Medical and sanitary report of the native army of Madras for the year
Year: 1878
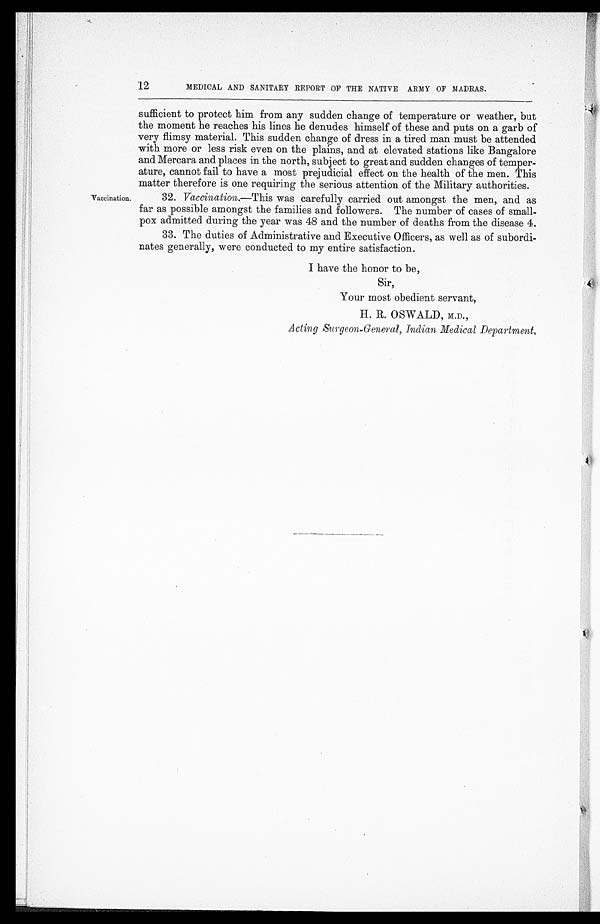
12
MEDICAL AND SANITARY REPORT OF THE NATIVE ARMY OF MADRAS.
Vaccination.
sufficient to protect him from any sudden change of temperature or weather, but
the moment he reaches his lines he denudes himself of these and puts on a garb of
very flimsy material. This sudden change of dress in a tired man must be attended
with more or less risk even on the plains, and at elevated stations like Bangalore
and Mercara and places in the north, subject to great and sudden changes of temper
-ature, cannot fail to have a most prejudicial effect on the health of the men. This
matter therefore is one requiring the serious attention of the Military authorities.
32.
Vaccination .—This was carefully carried out amongst the men, and as
far as possible amongst the families and followers. The number of cases of small
- p o x a d m i t t e d d u r i n g t h e y e a r w a s 4 8 a n d t h e n u m b e r o f d e a t h s f r o m t h e d i s e a s e 4 .
33. The duties of Administrative and Executive Officers, as well as of subordi
-nates generally, were conducted to my entire satisfaction.
I have the honor to be,
Sir,
Your most obedient servant,
H. R. OSWALD, M.D.,
Acting Surgeon-General, Indian Medical Department.